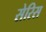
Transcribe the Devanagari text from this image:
सेरिस